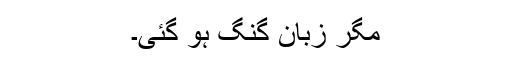
مگر زبان گنگ ہو گئی۔